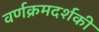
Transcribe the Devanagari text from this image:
वर्णक्रमदर्शकी